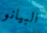
البيانو